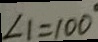
\angle 1 = 1 0 0 ^ { \circ }